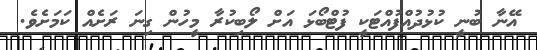
އޭނާ ބުނީ ކުޅުދުއްފުއްޓަކީ ފުޓްބޯޅަ އަށް ލޯބިކުރާ މީހުން ގިނަ ރަށެއް ކަމަށެެވެ.